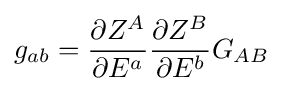
g_{ab}={\frac {\partial Z^{A}}{\partial E^{a}}}{\frac {\partial Z^{B}}{\partial E^{b}}}G_{AB}\